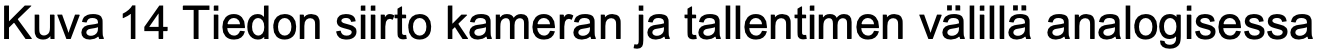
Kuva 14 Tiedon siirto kameran ja tallentimen välillä analogisessa